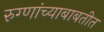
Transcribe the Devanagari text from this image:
रुग्णांच्याबाबतीत